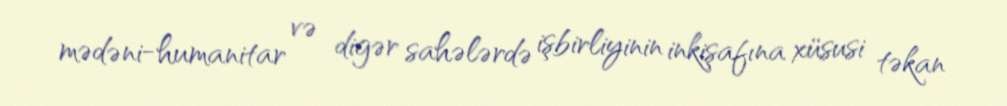
mədəni-humanitar və digər sahələrdə işbirliyinin inkişafına xüsusi təkan